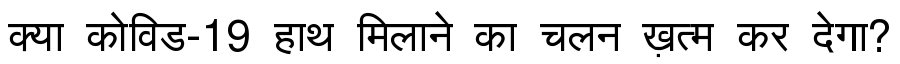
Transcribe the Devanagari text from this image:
क्या कोविड-19 हाथ मिलाने का चलन ख़त्म कर देगा?